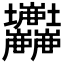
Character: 𡔘